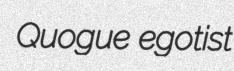
Quogue egotist